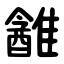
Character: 䨄